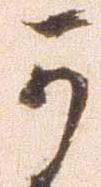
可